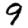
Digit: 9